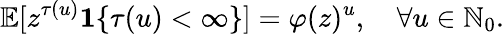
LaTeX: \mathbb{E}[z^{\tau(u)}\mathbf{1}\{ \tau(u)<\infty\} ]=\varphi(z)^{u},\quad\forall u\in\mathbb{N}_{0}.